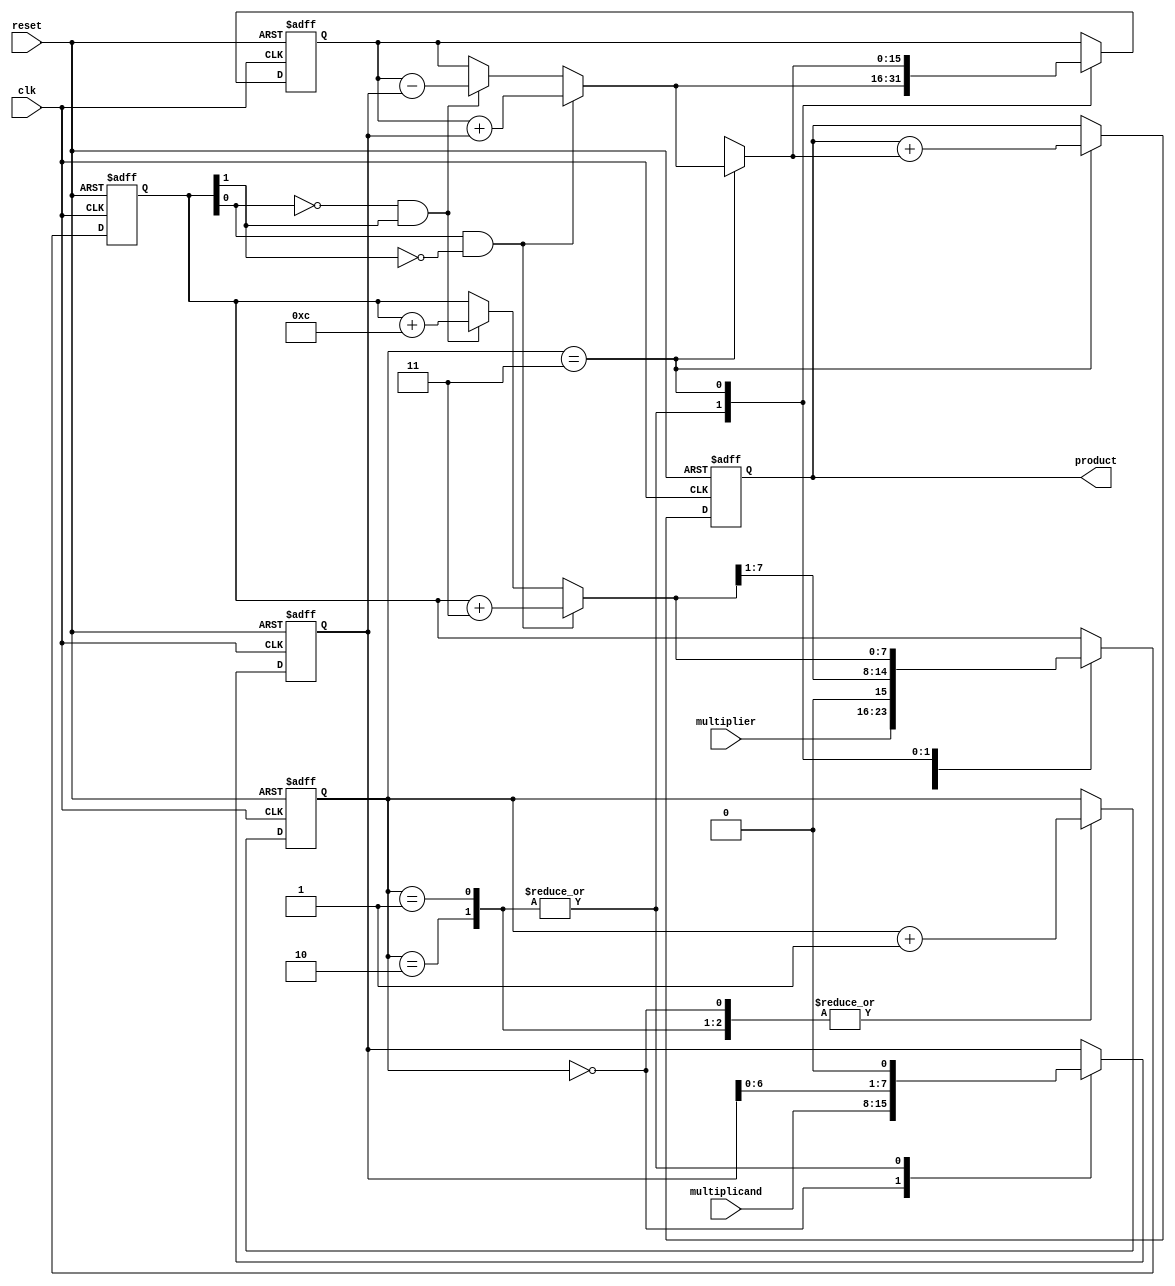
module booth_multiplier (
    input wire clk,
    input wire reset,
    input wire [7:0] multiplicand,
    input wire [7:0] multiplier,
    output wire [15:0] product
);

reg [7:0] a;
reg [7:0] s;
reg [3:0] counter;
reg [15:0] partial_product;
reg [15:0] product_reg;

always @(posedge clk or posedge reset) begin
    if (reset) begin
        a <= 8'b0;
        s <= 8'b0;
        counter <= 4'b0;
        partial_product <= 16'b0;
        product_reg <= 16'b0;
    end else begin
        case (counter)
            0: begin
                s = multiplier;
                a = multiplicand;
                counter = counter + 1;
            end
            1,2: begin
                if (s[0] == 1 && s[1] == 0) begin
                    s = s + 8'b0011;
                    partial_product = partial_product + {8'b0, a};
                end else if (s[0] == 0 && s[1] == 1) begin
                    s = s + 8'b1100;
                    partial_product = partial_product - {8'b0, a};
                end
                a = a << 1;
                s = s >> 1;
                counter = counter + 1;
            end
            3: begin
                if (s[0] == 1 && s[1] == 0) begin
                    s = s + 8'b0011;
                    partial_product = partial_product + {8'b0, a};
                end else if (s[0] == 0 && s[1] == 1) begin
                    s = s + 8'b1100;
                    partial_product = partial_product - {8'b0, a};
                end
                product_reg = product_reg + partial_product;
            end
        endcase
    end
end

assign product = product_reg;

endmodule